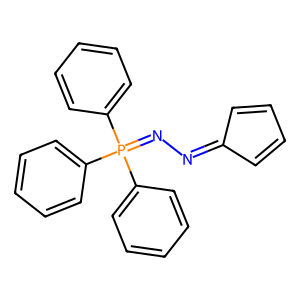
SMILES: C1=CC(=NN=P(c2ccccc2)(c2ccccc2)c2ccccc2)C=C1
Inhibits HIV replication: No